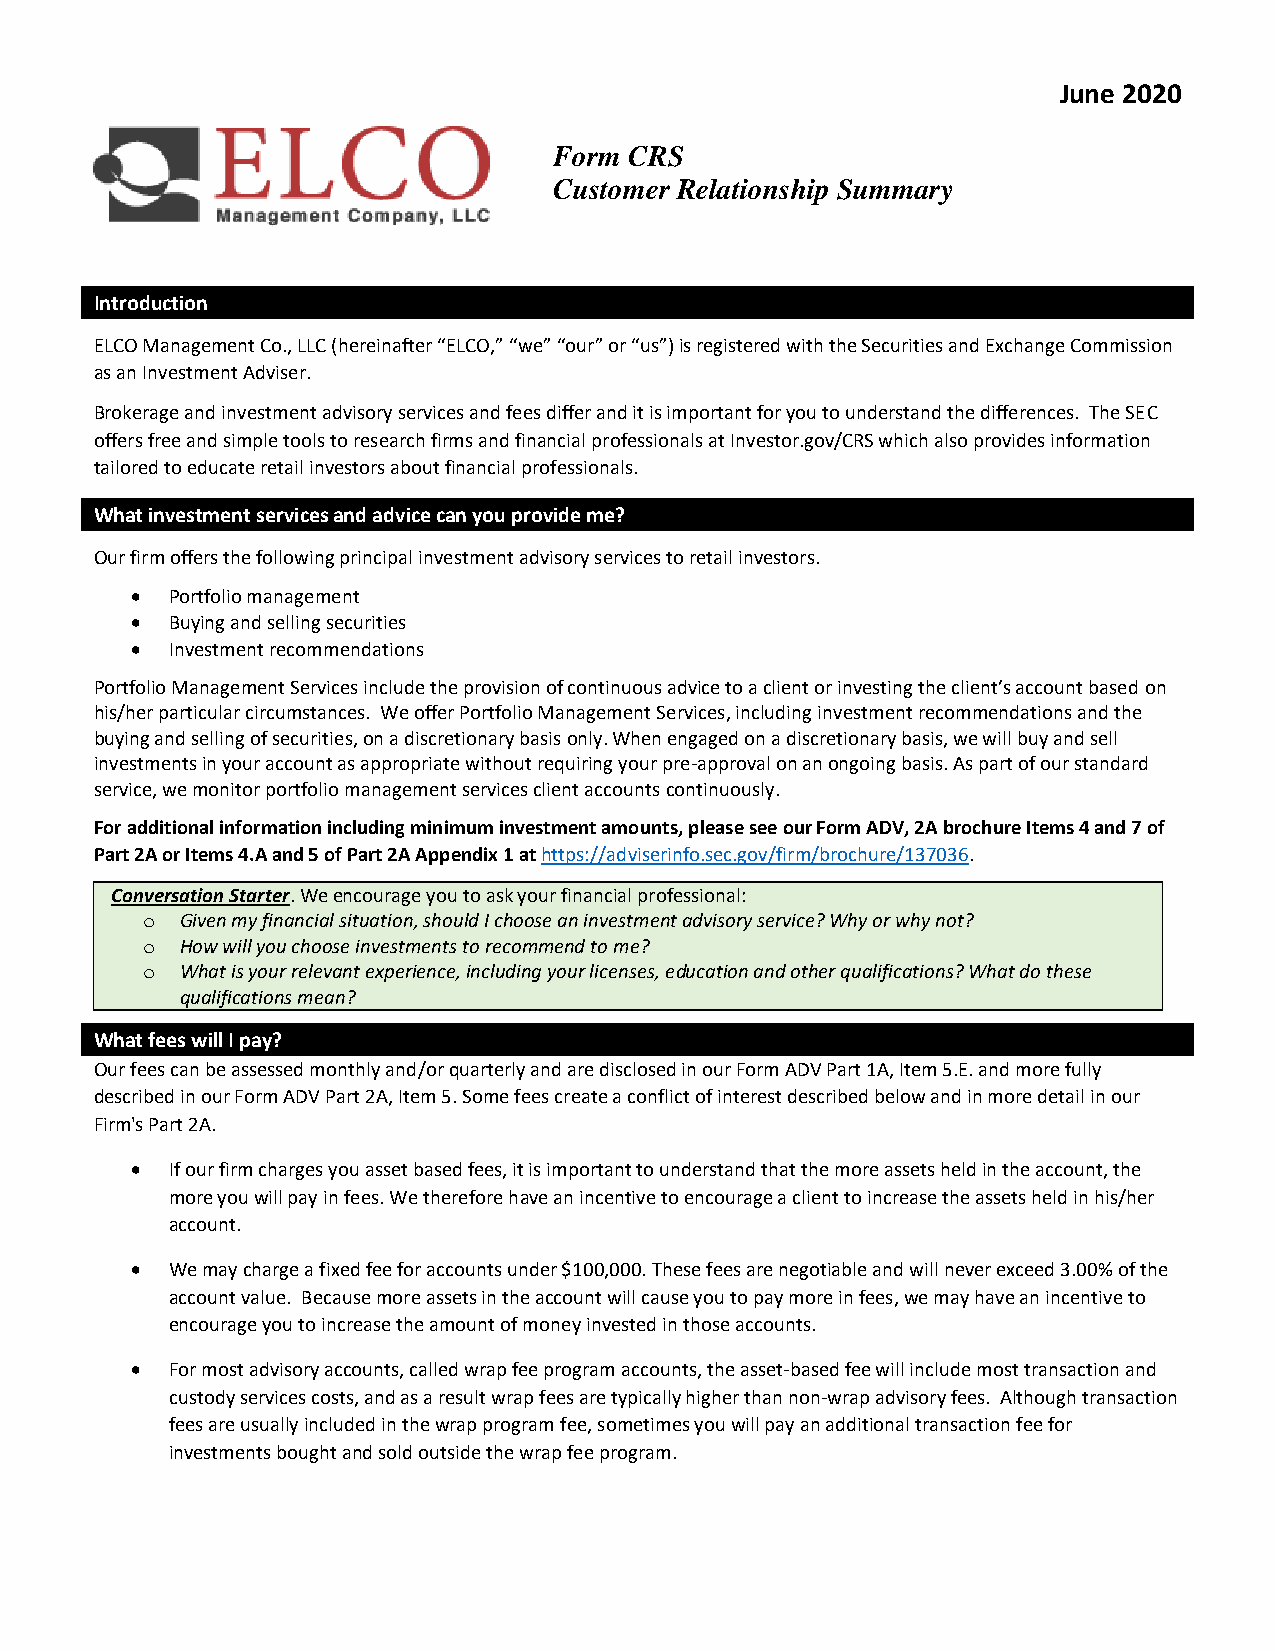
June 2020
 Form CRS
 Customer Relationship Summary
 Introduction
 ELCO Management Co., LLC (hereinafter “ELCO,” “we” “our” or “us”) is registered with the Securities and Exchange Commission
 as an Investment Adviser.
 Brokerage and investment advisory services and fees differ and it is important for you to understand the differences. The SEC
 offers free and simple tools to research firms and financial professionals at Investor.gov/CRS which also provides information
 tailored to educate retail investors about financial professionals.
 What investment services and advice can you provide me?
 Our firm offers the following principal investment advisory services to retail investors.
 • Portfolio management
 • Buying and selling securities
 • Investment recommendations
 Portfolio Management Services include the provision of continuous advice to a client or investing the client’s account based on
 his/her particular circumstances. We offer Portfolio Management Services, including investment recommendations and the
 buying and selling of securities, on a discretionary basis only. When engaged on a discretionary basis, we will buy and sell
 investments in your account as appropriate without requiring your pre-approval on an ongoing basis. As part of our standard
 service, we monitor portfolio management services client accounts continuously.
 For additional information including minimum investment amounts, please see our Form ADV, 2A brochure Items 4 and 7 of
 Part 2A or Items 4.A and 5 of Part 2A Appendix 1 at https://adviserinfo.sec.gov/firm/brochure/137036.
 Conversation Starter. We encourage you to ask your financial professional:
 o  Given my financial situation, should I choose an investment advisory service? Why or why not?
 o  How will you choose investments to recommend to me?
 o  What is your relevant experience, including your licenses, education and other qualifications? What do these
 qualifications mean?
 What fees will I pay?
 Our fees can be assessed monthly and/or quarterly and are disclosed in our Form ADV Part 1A, Item 5.E. and more fully
 described in our Form ADV Part 2A, Item 5. Some fees create a conflict of interest described below and in more detail in our
 Firm's Part 2A.
 • If our firm charges you asset based fees, it is important to understand that the more assets held in the account, the
 more you will pay in fees. We therefore have an incentive to encourage a client to increase the assets held in his/her
 account.
 • We may charge a fixed fee for accounts under $100,000. These fees are negotiable and will never exceed 3.00% of the
 account value. Because more assets in the account will cause you to pay more in fees, we may have an incentive to
 encourage you to increase the amount of money invested in those accounts.
 • For most advisory accounts, called wrap fee program accounts, the asset‐based fee will include most transaction and
 custody services costs, and as a result wrap fees are typically higher than non‐wrap advisory fees. Although transaction
 fees are usually included in the wrap program fee, sometimes you will pay an additional transaction fee for
 investments bought and sold outside the wrap fee program.